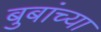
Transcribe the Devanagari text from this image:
बुबांच्या